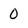
Character: 0